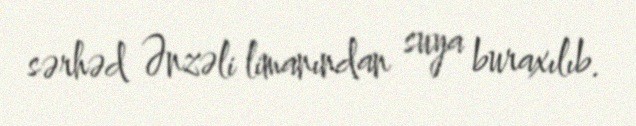
sərhəd Ənzəli limanından suya buraxılıb.